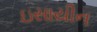
ઇસાયીન